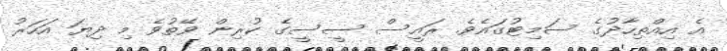
އެ އިއްތިހާދުގެ ސަމިޓުގައެވެ. ރައީސް ސީސީގެ ކުރިން ވޭތުވެ މި ދިޔަ އަހަރު